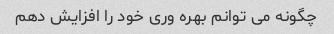
چگونه می توانم بهره وری خود را افزایش دهم